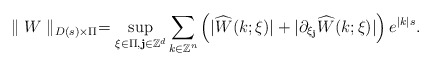
\begin{align*}\parallel W\parallel_{D(s)\times\Pi}=\sup_{\xi\in\Pi,\textbf{j}\in\mathbb{Z}^d}{\sum_{k\in\mathbb{Z}^n}\left(|\widehat{W}(k;\xi)|+|\partial_{\xi_{\textbf{j}}}\widehat{W}(k;\xi)|\right)e^{|k|s}}.\end{align*}